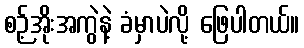
စဉ့်အိုးအကွဲနဲ့ ခံမှာပဲလို့ ဖြေပါတယ်။